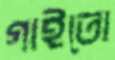
গাইতো